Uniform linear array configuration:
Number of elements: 12
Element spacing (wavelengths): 1
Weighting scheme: hamming
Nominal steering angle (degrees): -15
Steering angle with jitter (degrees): -15.245
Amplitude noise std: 0.05
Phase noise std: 0.05

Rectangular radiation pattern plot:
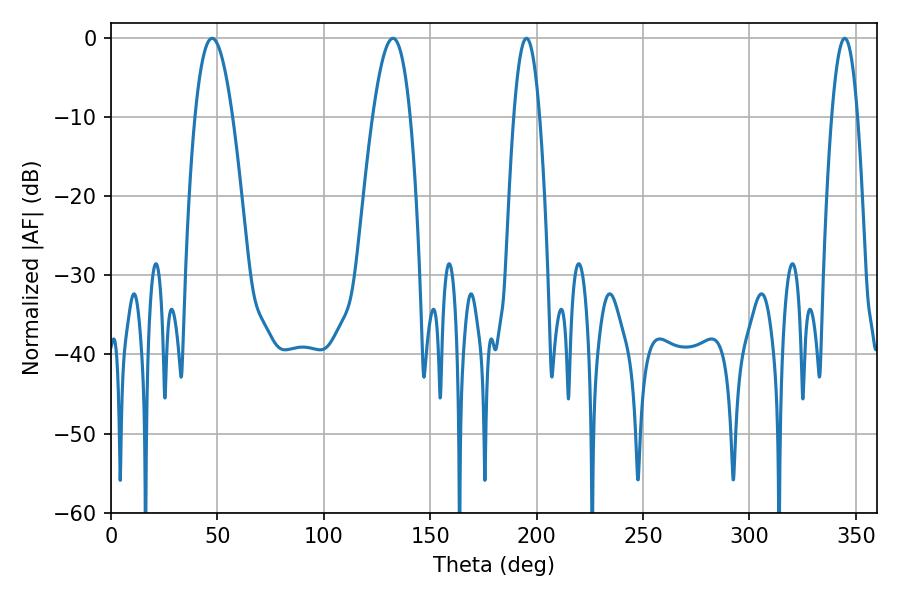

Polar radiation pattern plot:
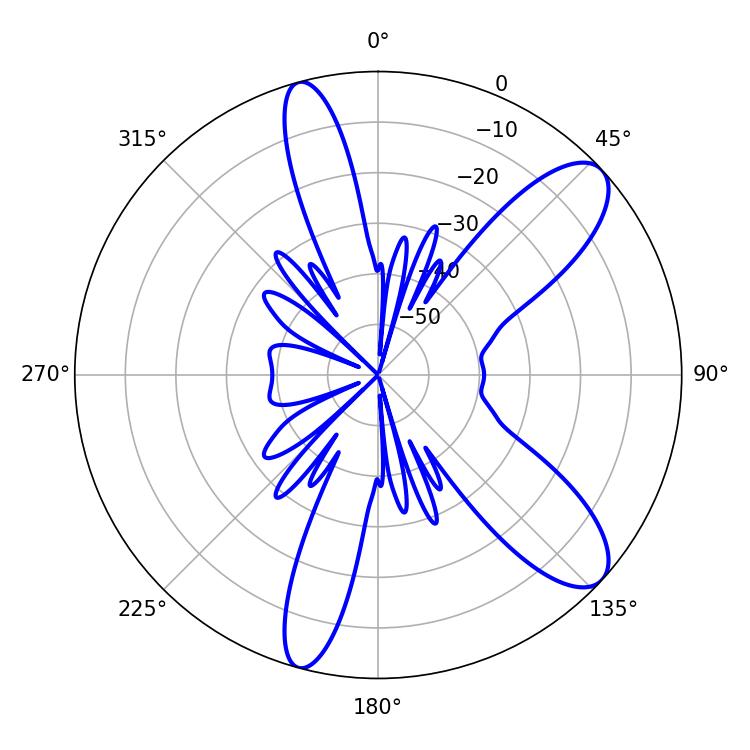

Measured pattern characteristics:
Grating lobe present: TRUE
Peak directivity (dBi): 9.927
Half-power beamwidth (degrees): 9.72
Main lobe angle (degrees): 47.52